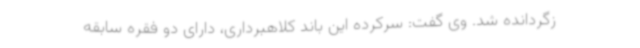
زگردانده شد. وی گفت: سرکرده این باند کلاهبرداری، دارای دو فقره سابقه